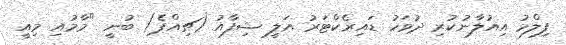
ފިލްމު އިއުލާނުކުރި ދުވަހު ޑައިރެކްޓަރު އަލީ ޝިފާއު (ޗިއްޕެ) ބުނީ "މާމުއި މިއީ